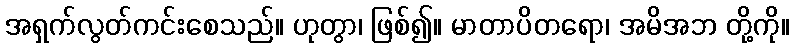
အရှက်လွတ်ကင်းစေသည်။ ဟုတွာ၊ ဖြစ်၍။ မာတာပိတရော၊ အမိအဘ တို့ကို။